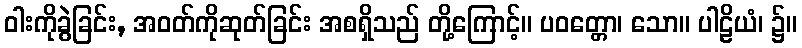
ဝါးကိုခွဲခြင်း, အဝတ်ကိုဆုတ်ခြင်း အစရှိသည် တို့ကြောင့်။ ပဝတ္တော၊ သော။ ပါဠိယံ၊ ၌။